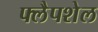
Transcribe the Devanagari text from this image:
फ्लैपशेल